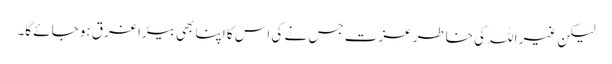
لیکن غیر اللہ کی خاطر عزت جس نے کی اس کا اپنا بھی بیڑا غرق ہو جائے گا۔